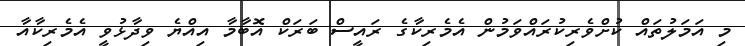
މި އަމަލުތައް ކުށްވެރިކުރައްވަމުން އެމެރިކާގެ ރައީސް ބަރަކް އޮބާމާ އިއްޔެ ވިދާޅުވީ އެމެރިކާއާ